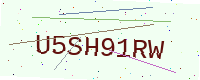
Text: U5SH91RW